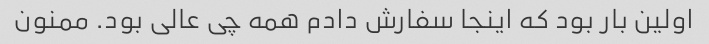
اولین بار بود که اینجا سفارش دادم همه چی عالی بود. ممنون